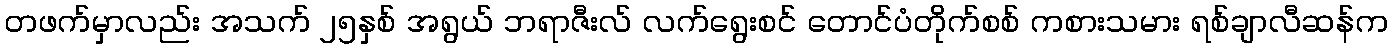
တဖက်မှာလည်း အသက် ၂၅နှစ် အရွယ် ဘရာဇီးလ် လက်ရွေးစင် တောင်ပံတိုက်စစ် ကစားသမား ရစ်ချာလီဆန်က